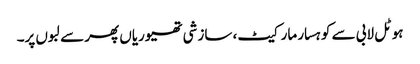
ہوٹل لابی سے کوہسار مارکیٹ، سازشی تھیوریاں پھر سے لبوں پر۔